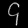
Digit: ၄